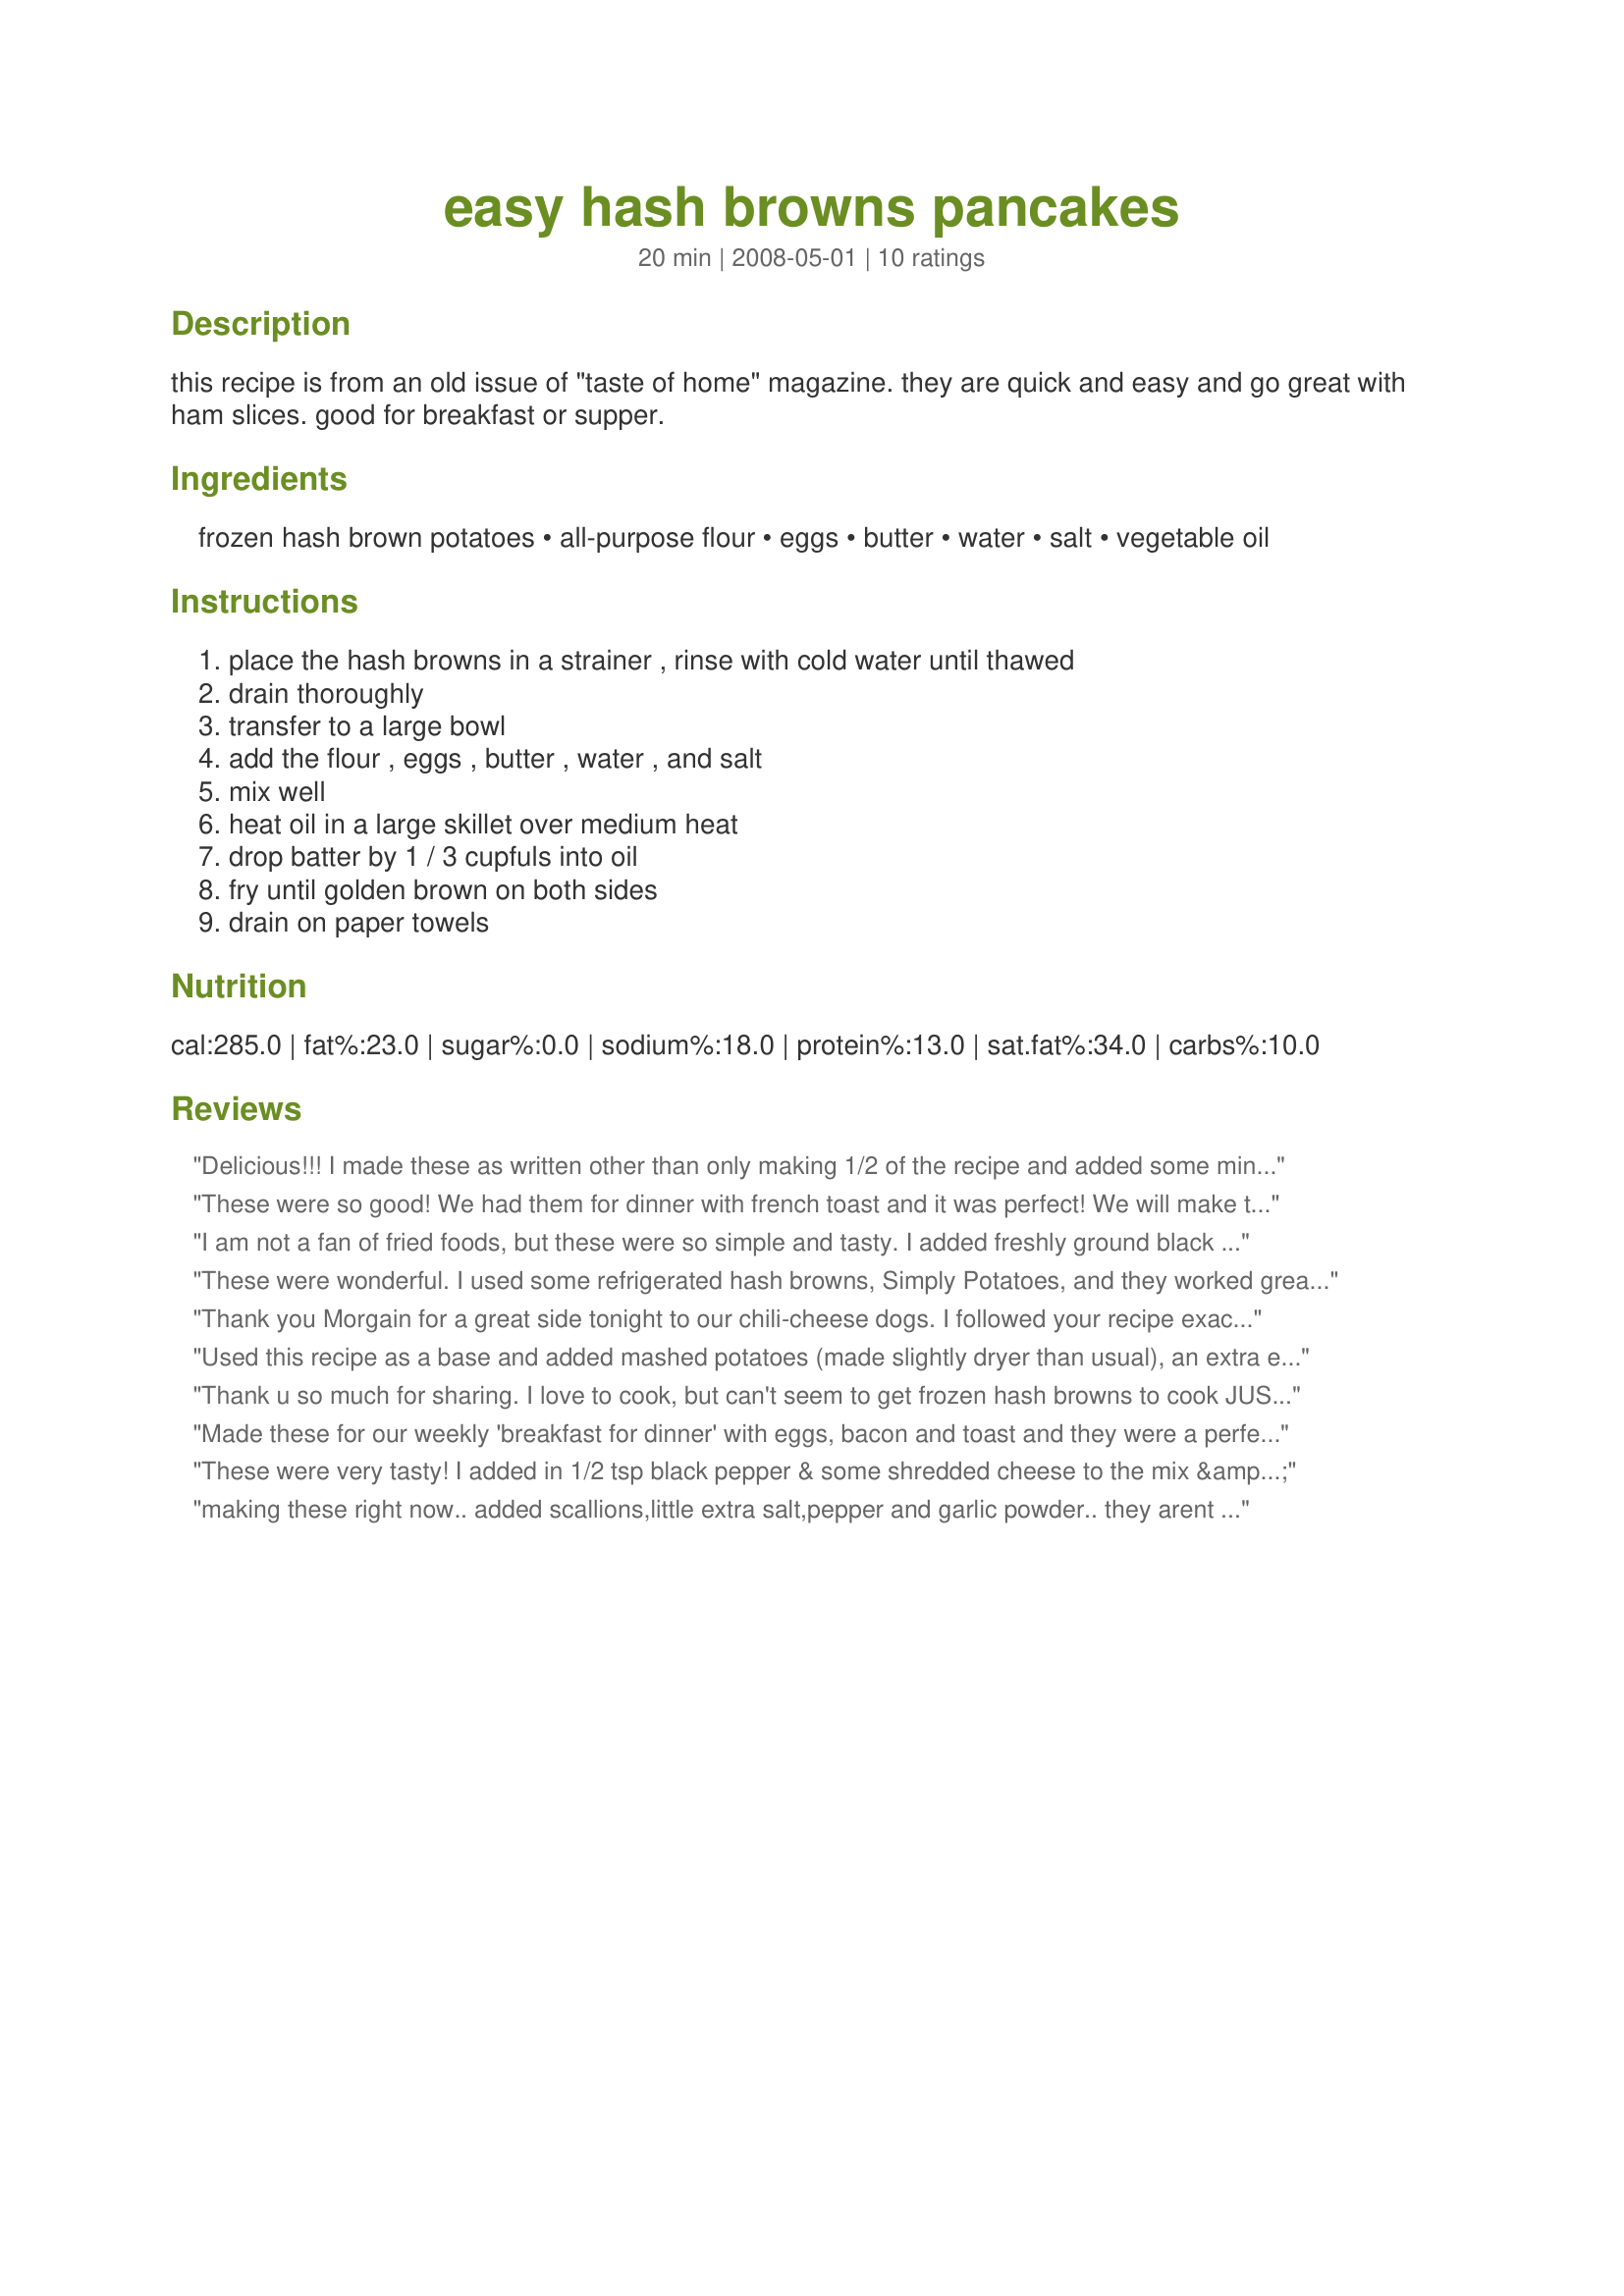
easy hash browns pancakes
Preparation time: 20 minutes

this recipe is from an old issue of "taste of home" magazine. they are quick and easy and go great with ham slices. good for breakfast or supper.

Ingredients:
frozen hash brown potatoes, all-purpose flour, eggs, butter, water, salt, vegetable oil

Steps:
place the hash browns in a strainer , rinse with cold water until thawed, drain thoroughly, transfer to a large bowl, add the flour , eggs , butter , water , and salt, mix well, heat oil in a large skillet over medium heat, drop batter by 1 / 3 cupfuls into oil, fry until golden brown on both sides, drain on paper towels

Reviews:
Delicious!!! I made these as written other than only making 1/2 of the recipe and added some minced onion to the mix. Served them for breakfast with some eggs, sausage and toast for a wonderful morning meal. Thanks for sharing the recipe. Made for you win in the 09 football pool!!! Congrats on your win.
These were so good! We had them for dinner with french toast and it was perfect! We will make these again and often. I didn't have frozen hash browns - just dehydrated ones I rehydrated. They worked just as well. The kids loved them and even gave a thumbs up! :) Made for the September 2008 NZ/Aussie recipe swap.
I am not a fan of fried foods, but these were so simple and tasty. I added freshly ground black pepper, chopped chives and a couple dashed of sour cream and onion popcorn seasoning. These were a big hit. Will make again. Made and reviewed for NZ/AUS recipe swap #26, March '09.
These were wonderful. I used some refrigerated hash browns, Simply Potatoes, and they worked great! These were so tasty and easy to make. Thanks for posting.
Thank you Morgain for a great side tonight to our chili-cheese dogs. I followed your recipe exactly as you have written including the added Tabasco. Also included a handful of shredded cheese. This for the DH and DS's. 
Made for AU Recipeswap#25.~
Used this recipe as a base and added mashed potatoes (made slightly dryer than usual), an extra egg, grated cheddar cheese and seasonings (dry parsley, garlic, onions and thyme). Used an ice-cream scoop to obtain consistent portions and flattened lightly on top of very fine white cornmeal, turned it over to add the cornmeal coating to other side. Had guests over and made this as part of a brunch menu. It was a hit with everyone
Thank u so much for sharing. I love to cook, but can't seem to get frozen hash browns to cook JUST right for my hubby! This made it easy AND delicious! I measured out 3 cups per instructed--after rinsing & draining them VERY well with paper towels (to get all the water out), I had about 2 cups. But the recipe worked fine! I used about 1/3 cup Eggbeaters & nonstick spray instead of oil. They came out great & my hubby really enjoyed them. It make about 4 small "potato cakes" as he calls them! Thank you again!!!
Made these for our weekly 'breakfast for dinner' with eggs, bacon and toast and they were a perfect addition! I liked that they got crispy on the outside and cooked all the way through. Will be making these again since they are so easy. Only change I made was to add a little seasoned salt in the mix. Made for AUS/NZ Recipe Swap.
These were very tasty! I added in 1/2 tsp black pepper & some shredded cheese to the mix & it turn out wonderful. Made for Went to the Market Tag
making these right now.. added scallions,little extra salt,pepper and garlic powder.. they arent like the real potato pancakes but they are really good and easy to do.. some sour cream and applesauce, and your good to go!
